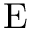
\mathrm { E }